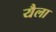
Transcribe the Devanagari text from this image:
यैला